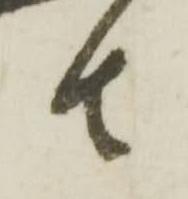
者